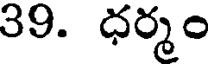
39. ధర్మం